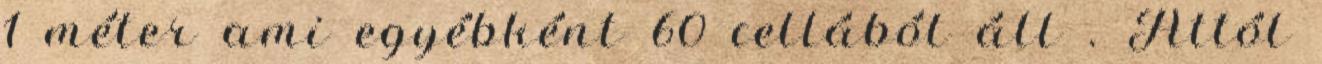
1 méter ami egyébként 60 cellából áll . Attól